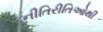
નીતિરીતિઓથી